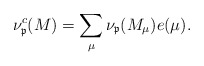
\begin{align*}\nu_{\frak p}^c(M)=\sum\limits_{\mu}\nu_{\frak p}(M_\mu)e(\mu). \end{align*}